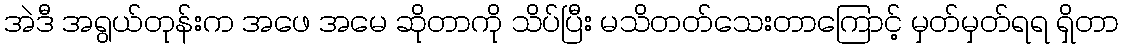
အဲဒီ အရွယ်တုန်းက အဖေ အမေ ဆိုတာကို သိပ်ပြီး မသိတတ်သေးတာကြောင့် မှတ်မှတ်ရရ ရှိတာ